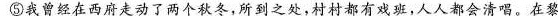
⑤我曾经在西府走动了两个秋冬,所到之处,村村都有戏班,人人都会清唱。在黎